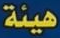
هيئة